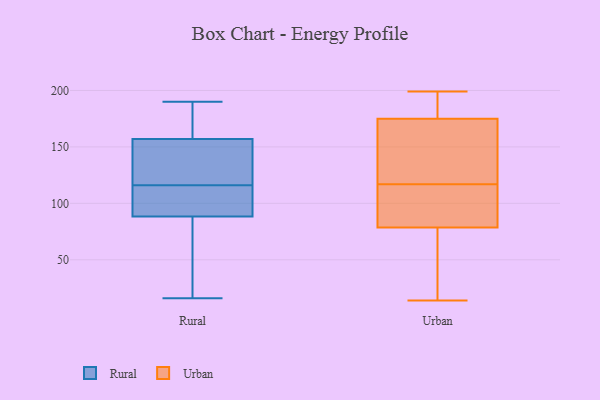
{"axis": {"x": "Gross Profit (USD K)", "y": "Value"}, "legend": ["Rural", "Urban"], "data": [{"x": "", "y": 123, "type": "Rural"}, {"x": "", "y": 190, "type": "Rural"}, {"x": "", "y": 161, "type": "Rural"}, {"x": "", "y": 16, "type": "Rural"}, {"x": "", "y": 145, "type": "Rural"}, {"x": "", "y": 107, "type": "Rural"}, {"x": "", "y": 181, "type": "Rural"}, {"x": "", "y": 116, "type": "Rural"}, {"x": "", "y": 128, "type": "Rural"}, {"x": "", "y": 71, "type": "Rural"}, {"x": "", "y": 108, "type": "Rural"}, {"x": "", "y": 88, "type": "Rural"}, {"x": "", "y": 89, "type": "Rural"}, {"x": "", "y": 60, "type": "Rural"}, {"x": "", "y": 182, "type": "Rural"}, {"x": "", "y": 179, "type": "Urban"}, {"x": "", "y": 14, "type": "Urban"}, {"x": "", "y": 69, "type": "Urban"}, {"x": "", "y": 62, "type": "Urban"}, {"x": "", "y": 142, "type": "Urban"}, {"x": "", "y": 195, "type": "Urban"}, {"x": "", "y": 199, "type": "Urban"}, {"x": "", "y": 88, "type": "Urban"}, {"x": "", "y": 177, "type": "Urban"}, {"x": "", "y": 93, "type": "Urban"}, {"x": "", "y": 173, "type": "Urban"}, {"x": "", "y": 118, "type": "Urban"}, {"x": "", "y": 18, "type": "Urban"}, {"x": "", "y": 116, "type": "Urban"}, {"x": "", "y": 116, "type": "Urban"}, {"x": "", "y": 119, "type": "Urban"}]}